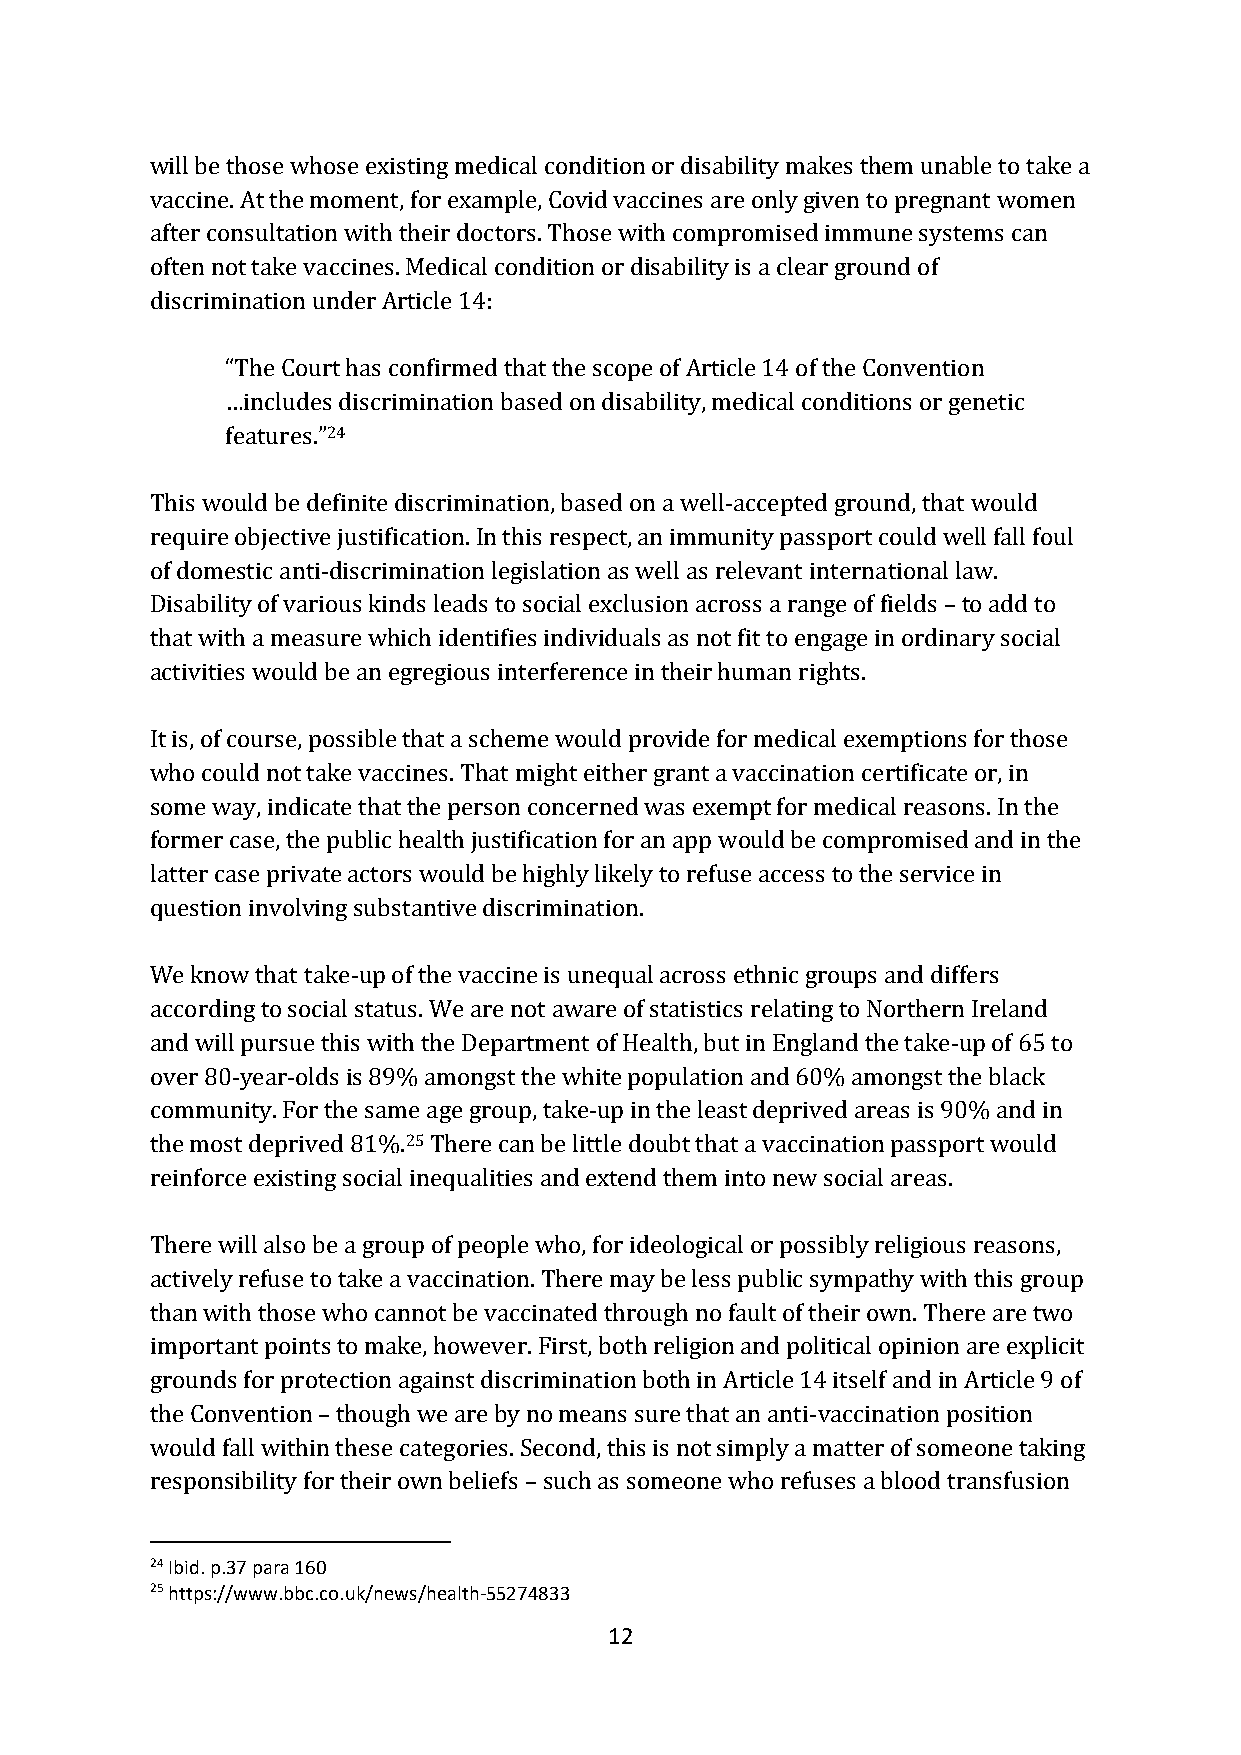
will be those whose existing medical condition or disability makes them unable to take a
 vaccine. At the moment, for example, Covid vaccines are only given to pregnant women
 after consultation with their doctors. Those with compromised immune systems can
 often not take vaccines. Medical condition or disability is a clear ground of
 discrimination under Article 14:
 “The Court has confirmed that the scope of Article 14 of the Convention
 …includes discrimination based on disability, medical conditions or genetic
 features.”24
 This would be definite discrimination, based on a well-accepted ground, that would
 require objective justification. In this respect, an immunity passport could well fall foul
 of domestic anti-discrimination legislation as well as relevant international law.
 Disability of various kinds leads to social exclusion across a range of fields – to add to
 that with a measure which identifies individuals as not fit to engage in ordinary social
 activities would be an egregious interference in their human rights.
 It is, of course, possible that a scheme would provide for medical exemptions for those
 who could not take vaccines. That might either grant a vaccination certificate or, in
 some way, indicate that the person concerned was exempt for medical reasons. In the
 former case, the public health justification for an app would be compromised and in the
 latter case private actors would be highly likely to refuse access to the service in
 question involving substantive discrimination.
 We know that take-up of the vaccine is unequal across ethnic groups and differs
 according to social status. We are not aware of statistics relating to Northern Ireland
 and will pursue this with the Department of Health, but in England the take-up of 65 to
 over 80-year-olds is 89% amongst the white population and 60% amongst the black
 community. For the same age group, take-up in the least deprived areas is 90% and in
 the most deprived 81%.25 There can be little doubt that a vaccination passport would
 reinforce existing social inequalities and extend them into new social areas.
 There will also be a group of people who, for ideological or possibly religious reasons,
 actively refuse to take a vaccination. There may be less public sympathy with this group
 than with those who cannot be vaccinated through no fault of their own. There are two
 important points to make, however. First, both religion and political opinion are explicit
 grounds for protection against discrimination both in Article 14 itself and in Article 9 of
 the Convention – though we are by no means sure that an anti-vaccination position
 would fall within these categories. Second, this is not simply a matter of someone taking
 responsibility for their own beliefs – such as someone who refuses a blood transfusion
 24 Ibid. p.37 para 160
 25 https://www.bbc.co.uk/news/health-55274833
 12